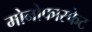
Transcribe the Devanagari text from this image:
मोनोफास्फेट